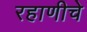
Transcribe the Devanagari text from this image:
रहाणीचे